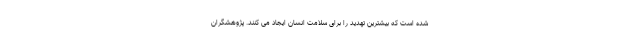
شده است که بیشترین تهدید را برای سلامت انسان ایجاد می کنند. پژوهشگران